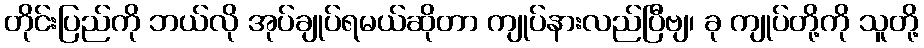
တိုင်းပြည်ကို ဘယ်လို အုပ်ချုပ်ရမယ်ဆိုတာ ကျုပ်နားလည်ပြီဗျ၊ ခု ကျုပ်တို့ကို သူတို့